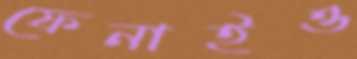
ফেনাইও